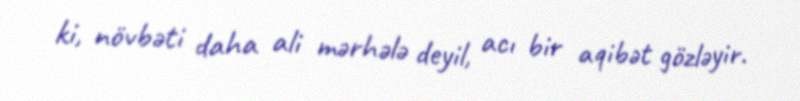
ki, növbəti daha ali mərhələ deyil, acı bir aqibət gözləyir.